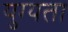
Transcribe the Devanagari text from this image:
युग्यता